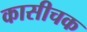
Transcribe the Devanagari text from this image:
कासीचक